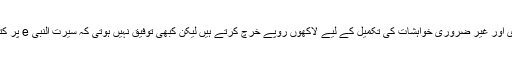
بدقسمتی سے ہم اپنی ضروری اور غیر ضروری خواہشات کی تکمیل کے لیے لاکھوں روپے خرچ کرتے ہیں لیکن کبھی توفیق نہیں ہوتی کہ سیرت النبی e پر کتابیں خرید کر گھر میں لائیں۔